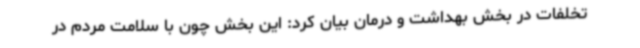
تخلفات در بخش بهداشت و درمان بیان کرد: این بخش چون با سلامت مردم در